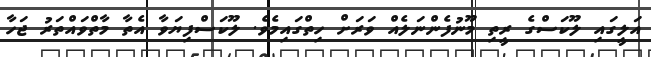
އަލީގައި ލޫކަސްގެ ރީތި މޫނުފެންނަލެއް ވަރަށް ހިތްގައިމެވެ. ލޫކަސްފިޔަވާ އެތާ މާތްވައްތަރު ޖަހާ